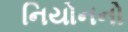
નિયોનનો